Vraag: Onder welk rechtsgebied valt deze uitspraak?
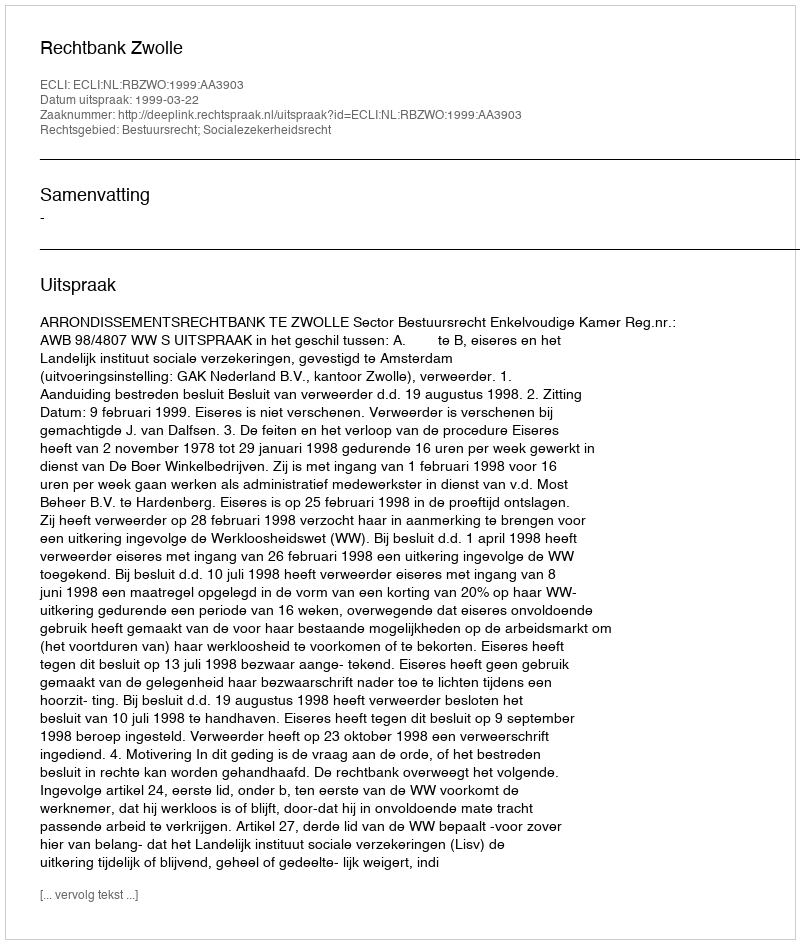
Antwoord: Bestuursrecht; Socialezekerheidsrecht